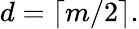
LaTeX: d=\left\lceil m/2\right\rceil.